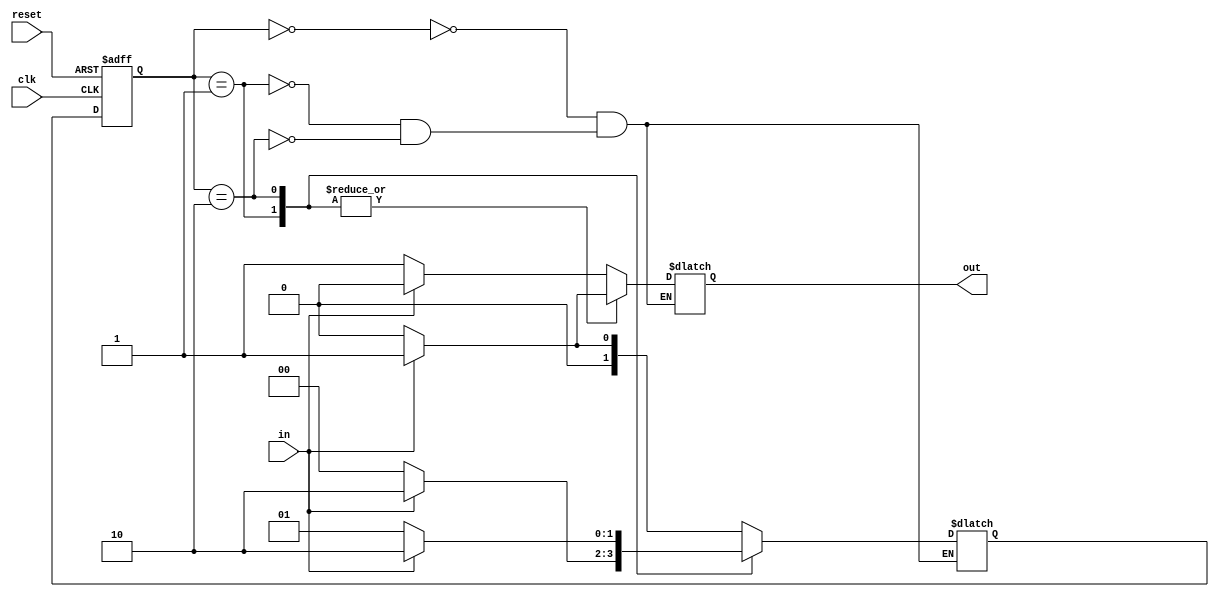
module fsm (
    input clk,
    input reset,
    input in,
    output reg out
);

// State encoding
parameter S0 = 2'b00;
parameter S1 = 2'b01;
parameter S2 = 2'b10;

// State register
reg [1:0] state, next_state;

// State machine logic
always @ (posedge clk or posedge reset) begin
    if (reset) begin
        state <= S0;
    end else begin
        state <= next_state;
    end
end

// State transitions and outputs
always @ (*) begin
    case(state)
        S0: begin
            if (in) begin
                next_state = S1;
                out = 1'b0;
            end else begin
                next_state = S0;
                out = 1'b1;
            end
        end
        S1: begin
            if (in) begin
                next_state = S2;
                out = 1'b1;
            end else begin
                next_state = S0;
                out = 1'b0;
            end
        end
        S2: begin
            if (in) begin
                next_state = S2;
                out = 1'b1;
            end else begin
                next_state = S1;
                out = 1'b0;
            end
        end
    endcase
end

endmodule